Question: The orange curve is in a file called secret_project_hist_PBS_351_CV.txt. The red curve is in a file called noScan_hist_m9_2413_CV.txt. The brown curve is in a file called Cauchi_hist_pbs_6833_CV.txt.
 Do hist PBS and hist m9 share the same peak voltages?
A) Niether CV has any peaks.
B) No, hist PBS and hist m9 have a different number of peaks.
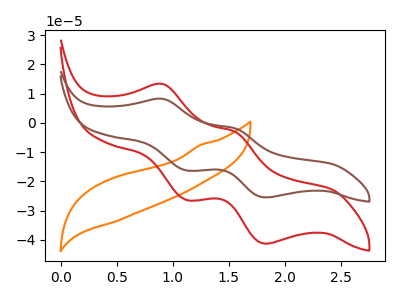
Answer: <think>The orange curve "hist PBS" has no peaks. The red curve "hist m9" has anodic peaks at (0.90V, 13.25uA) (1.55V, -3.10uA) and cathodic peaks at (1.15V, -26.40uA) (1.85V, -41.30uA). The brown curve "hist pbs" has anodic peaks at (0.90V, 8.20uA) (1.55V, -1.90uA) and cathodic peaks at (1.15V, -16.30uA) (1.85V, -25.50uA).</think>
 <answer>B) No, "hist PBS" and "hist m9" have a different number of peaks.</answer>
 <eval>B</eval>